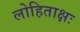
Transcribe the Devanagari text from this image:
लोहिताक्षः